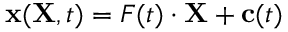
\mathbf { x } ( \mathbf { X } , t ) = { \boldsymbol { F } } ( t ) \cdot \mathbf { X } + \mathbf { c } ( t )